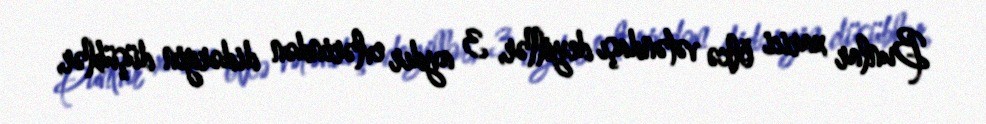
Bunlar xarici ölkə vətəndaşı deyillər, 3 aydır evlərindən didərgin düşüblər,